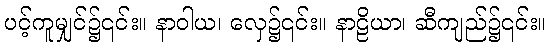
ပင့်ကူမျှင်၌၎င်း။ နာဝါယ၊ လှေ၌၎င်း။ နာဠိယာ၊ ဆီကျည်၌၎င်း။